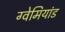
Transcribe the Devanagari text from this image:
ग्वेमियांड